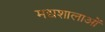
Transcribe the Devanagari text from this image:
मद्यशालाओं